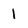
Character: 1